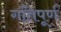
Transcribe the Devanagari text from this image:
गतिपूर्ण